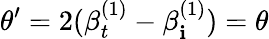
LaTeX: \theta^{\prime}=2(\beta_{t}^{(1)}-\beta_{\mathbf{i}}^{(1)})=\theta